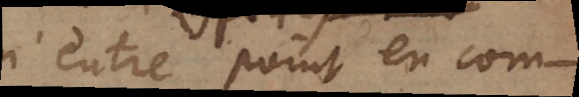
n’entre point en com-